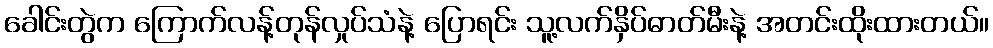
ခေါင်းတွဲက ကြောက်လန့်တုန်လှုပ်သံနဲ့ ပြောရင်း သူ့လက်နှိပ်ဓာတ်မီးနဲ့ အတင်းထိုးထားတယ်။